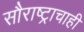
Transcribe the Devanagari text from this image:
सौराष्ट्राचाही